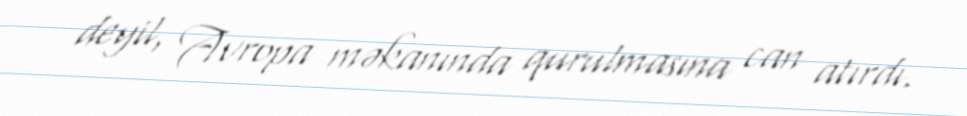
deyil, Avropa məkanında qurulmasına can atırdı.